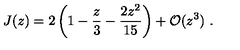
J ( z ) = 2 \left( 1 - \frac { z } { 3 } - \frac { 2 z ^ { 2 } } { 1 5 } \right) + { \cal O } ( z ^ { 3 } ) \ .